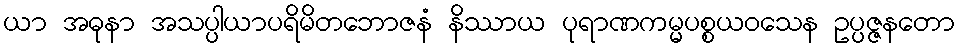
ယာ အဓုနာ အသပ္ပါယာပရိမိတဘောဇနံ နိဿာယ ပုရာဏကမ္မပစ္စယဝသေန ဥပ္ပဇ္ဇနတော